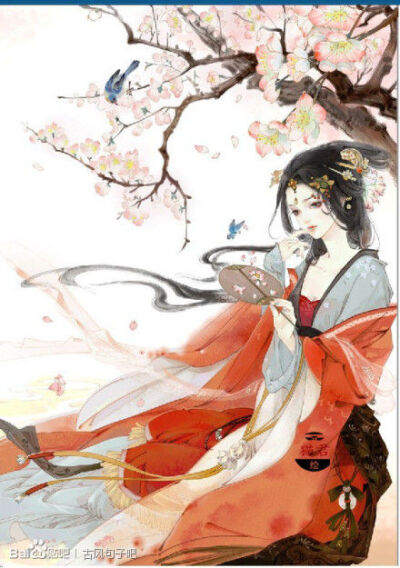
长记别伊时，和泪出门相送。